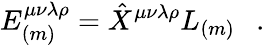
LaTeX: E_{(m)}^{\mu\nu\lambda\rho}=\hat{X}^{\mu\nu\lambda\rho}L_{(m)}~~~.